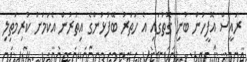
ރައީސް އޮފީހުން ބުނި ގޮތުގައި އެ ހަތަރު ބޭފުޅުންގެ އިތުރުން އެކަމަށް ކުރިމަތިލި